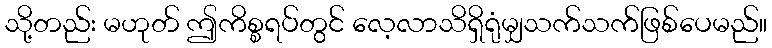
သို့တည်း မဟုတ် ဤကိစ္စရပ်တွင် လေ့လာသိရှိရုံမျှသက်သက်ဖြစ်ပေမည်။